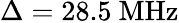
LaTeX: \Delta=28.5~\mathrm{MHz}